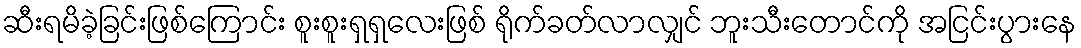
ဆီးရမိခဲ့ခြင်းဖြစ်ကြောင်း စူးစူးရှရှလေးဖြစ် ရိုက်ခတ်လာလျှင် ဘူးသီးတောင်ကို အငြင်းပွားနေ